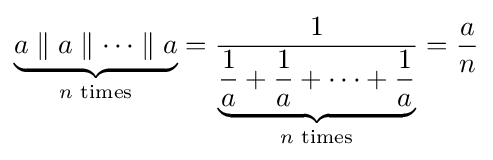
\underbrace {a\parallel a\parallel \cdots \parallel a} _{n{\text{ times}}}={\frac {1}{\underbrace {{\dfrac {1}{a}}+{\dfrac {1}{a}}+\cdots +{\dfrac {1}{a}}} _{n{\text{ times}}}}}={\frac {a}{n}}